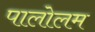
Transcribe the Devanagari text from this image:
पालोलम